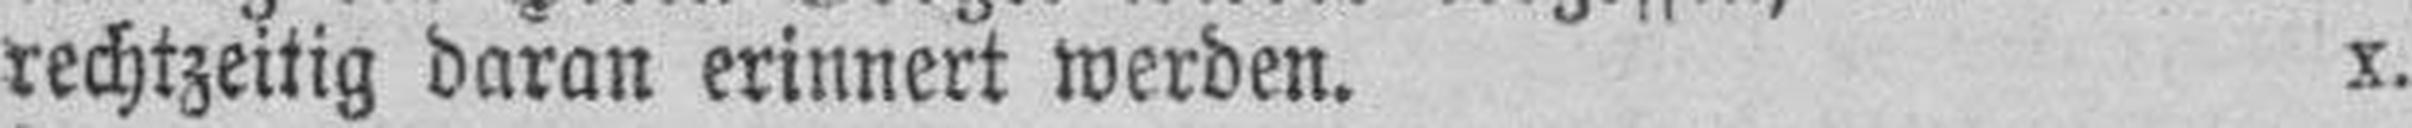
rechtzeitig daran erinnert werden. x.